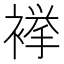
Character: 𧜎